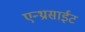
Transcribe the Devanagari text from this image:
एन्थ्रासाईट